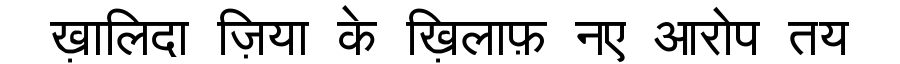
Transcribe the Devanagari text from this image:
ख़ालिदा ज़िया के ख़िलाफ़ नए आरोप तय